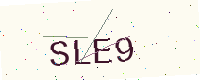
Text: SLE9